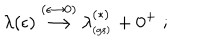
\lambda ( \epsilon ) \stackrel { ( \epsilon \rightarrow 0 ) } { \longrightarrow } \lambda _ { _ \mathrm { ( g s ) } } ^ { ( \ast ) } + 0 ^ { + } \; ;